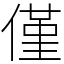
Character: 僅